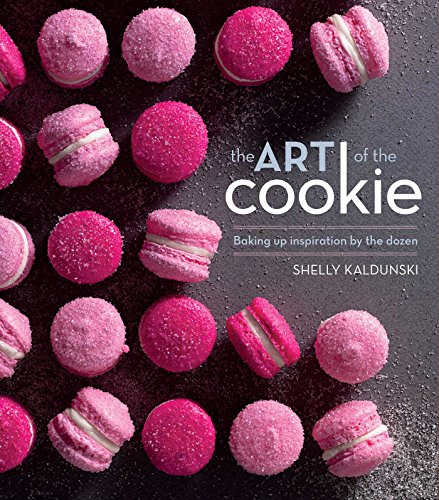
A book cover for The Art of the Cookie: Baking Up Inspiration by the Dozen; Shelly Kaldunski; Cookbooks, Food & Wine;